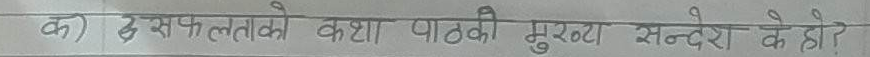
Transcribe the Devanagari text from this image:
क) सफलताको कथा पाठको मुख्य सन्देश के हो?